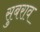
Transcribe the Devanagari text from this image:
सुबराव